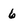
Character: 6